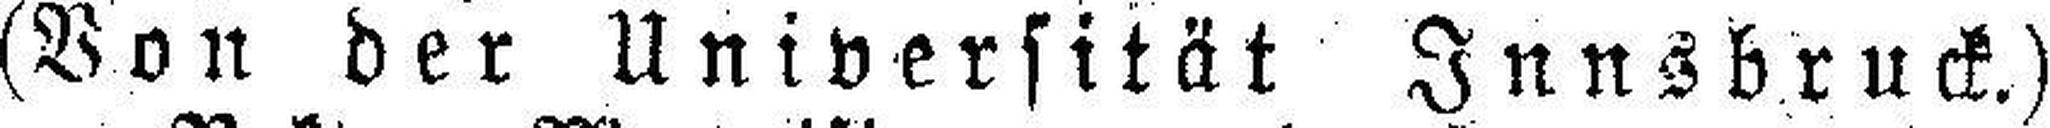
(Von der Universität Innsbruck.)